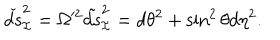
\check { d s } _ { \cal I } ^ { 2 } = \Omega ^ { 2 } \tilde { d s } _ { \cal I } ^ { 2 } = d \theta ^ { 2 } + \sin ^ { 2 } \theta d \eta ^ { 2 } .